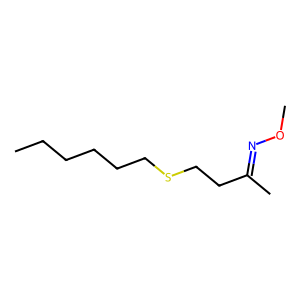
SMILES: CCCCCCSCCC(C)=NOC
Inhibits HIV replication: No